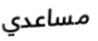
مساعدي